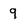
Character: 9